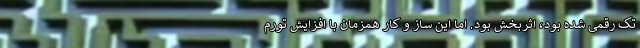
تک رقمی شده بود، اثربخش بود. اما این ساز و کار همزمان با افزایش تورم